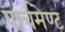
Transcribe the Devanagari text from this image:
पार्चमेण्ट